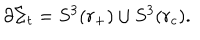
LaTeX: \partial \Sigma _ { t } = S ^ { 3 } ( r _ { + } ) \cup S ^ { 3 } ( r _ { c } ) .